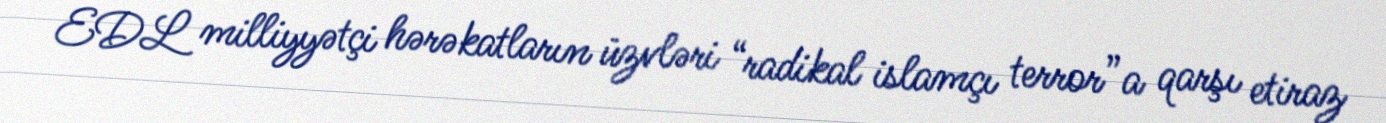
EDL milliyyətçi hərəkatların üzvləri “radikal islamçı terror”a qarşı etiraz